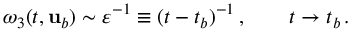
\omega _ { 3 } ( t , { \mathbf { u } } _ { b } ) \sim \varepsilon ^ { - 1 } \equiv ( t - t _ { b } ) ^ { - 1 } \, , \qquad t \to t _ { b } \, .